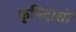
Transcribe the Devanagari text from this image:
कृषिदासों